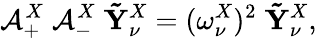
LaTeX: \mathbf{\mathcal{A}}_{+}^{X}\; \mathbf{\mathcal{A}}_{-}^{X}\; \mathbf{\tilde{Y}}_{\nu}^{X}=(\omega_{\nu}^{X})^{2}\; \mathbf{\tilde{Y}}_{\nu}^{X},